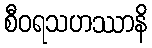
စီဝရသဟဿာနိ